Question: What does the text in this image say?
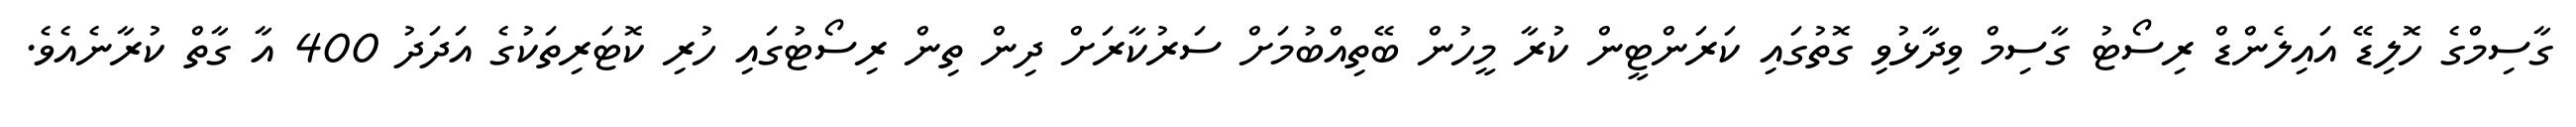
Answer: ގާސިމްގެ ހޮލިޑޭ އައިލެންޑް ރިސޯޓު ގާސިމް ވިދާޅުވި ގޮތުގައި ކަރަންޓީން ކުރާ މީހުން ބޭތިއްބުމަށް ސަރުކާރަށް ދިން ތިން ރިސޯޓުގައި ހުރި ކޮޓަރިތަކުގެ އަދަދު 400 އާ ގާތް ކުރާނެއެވެ.